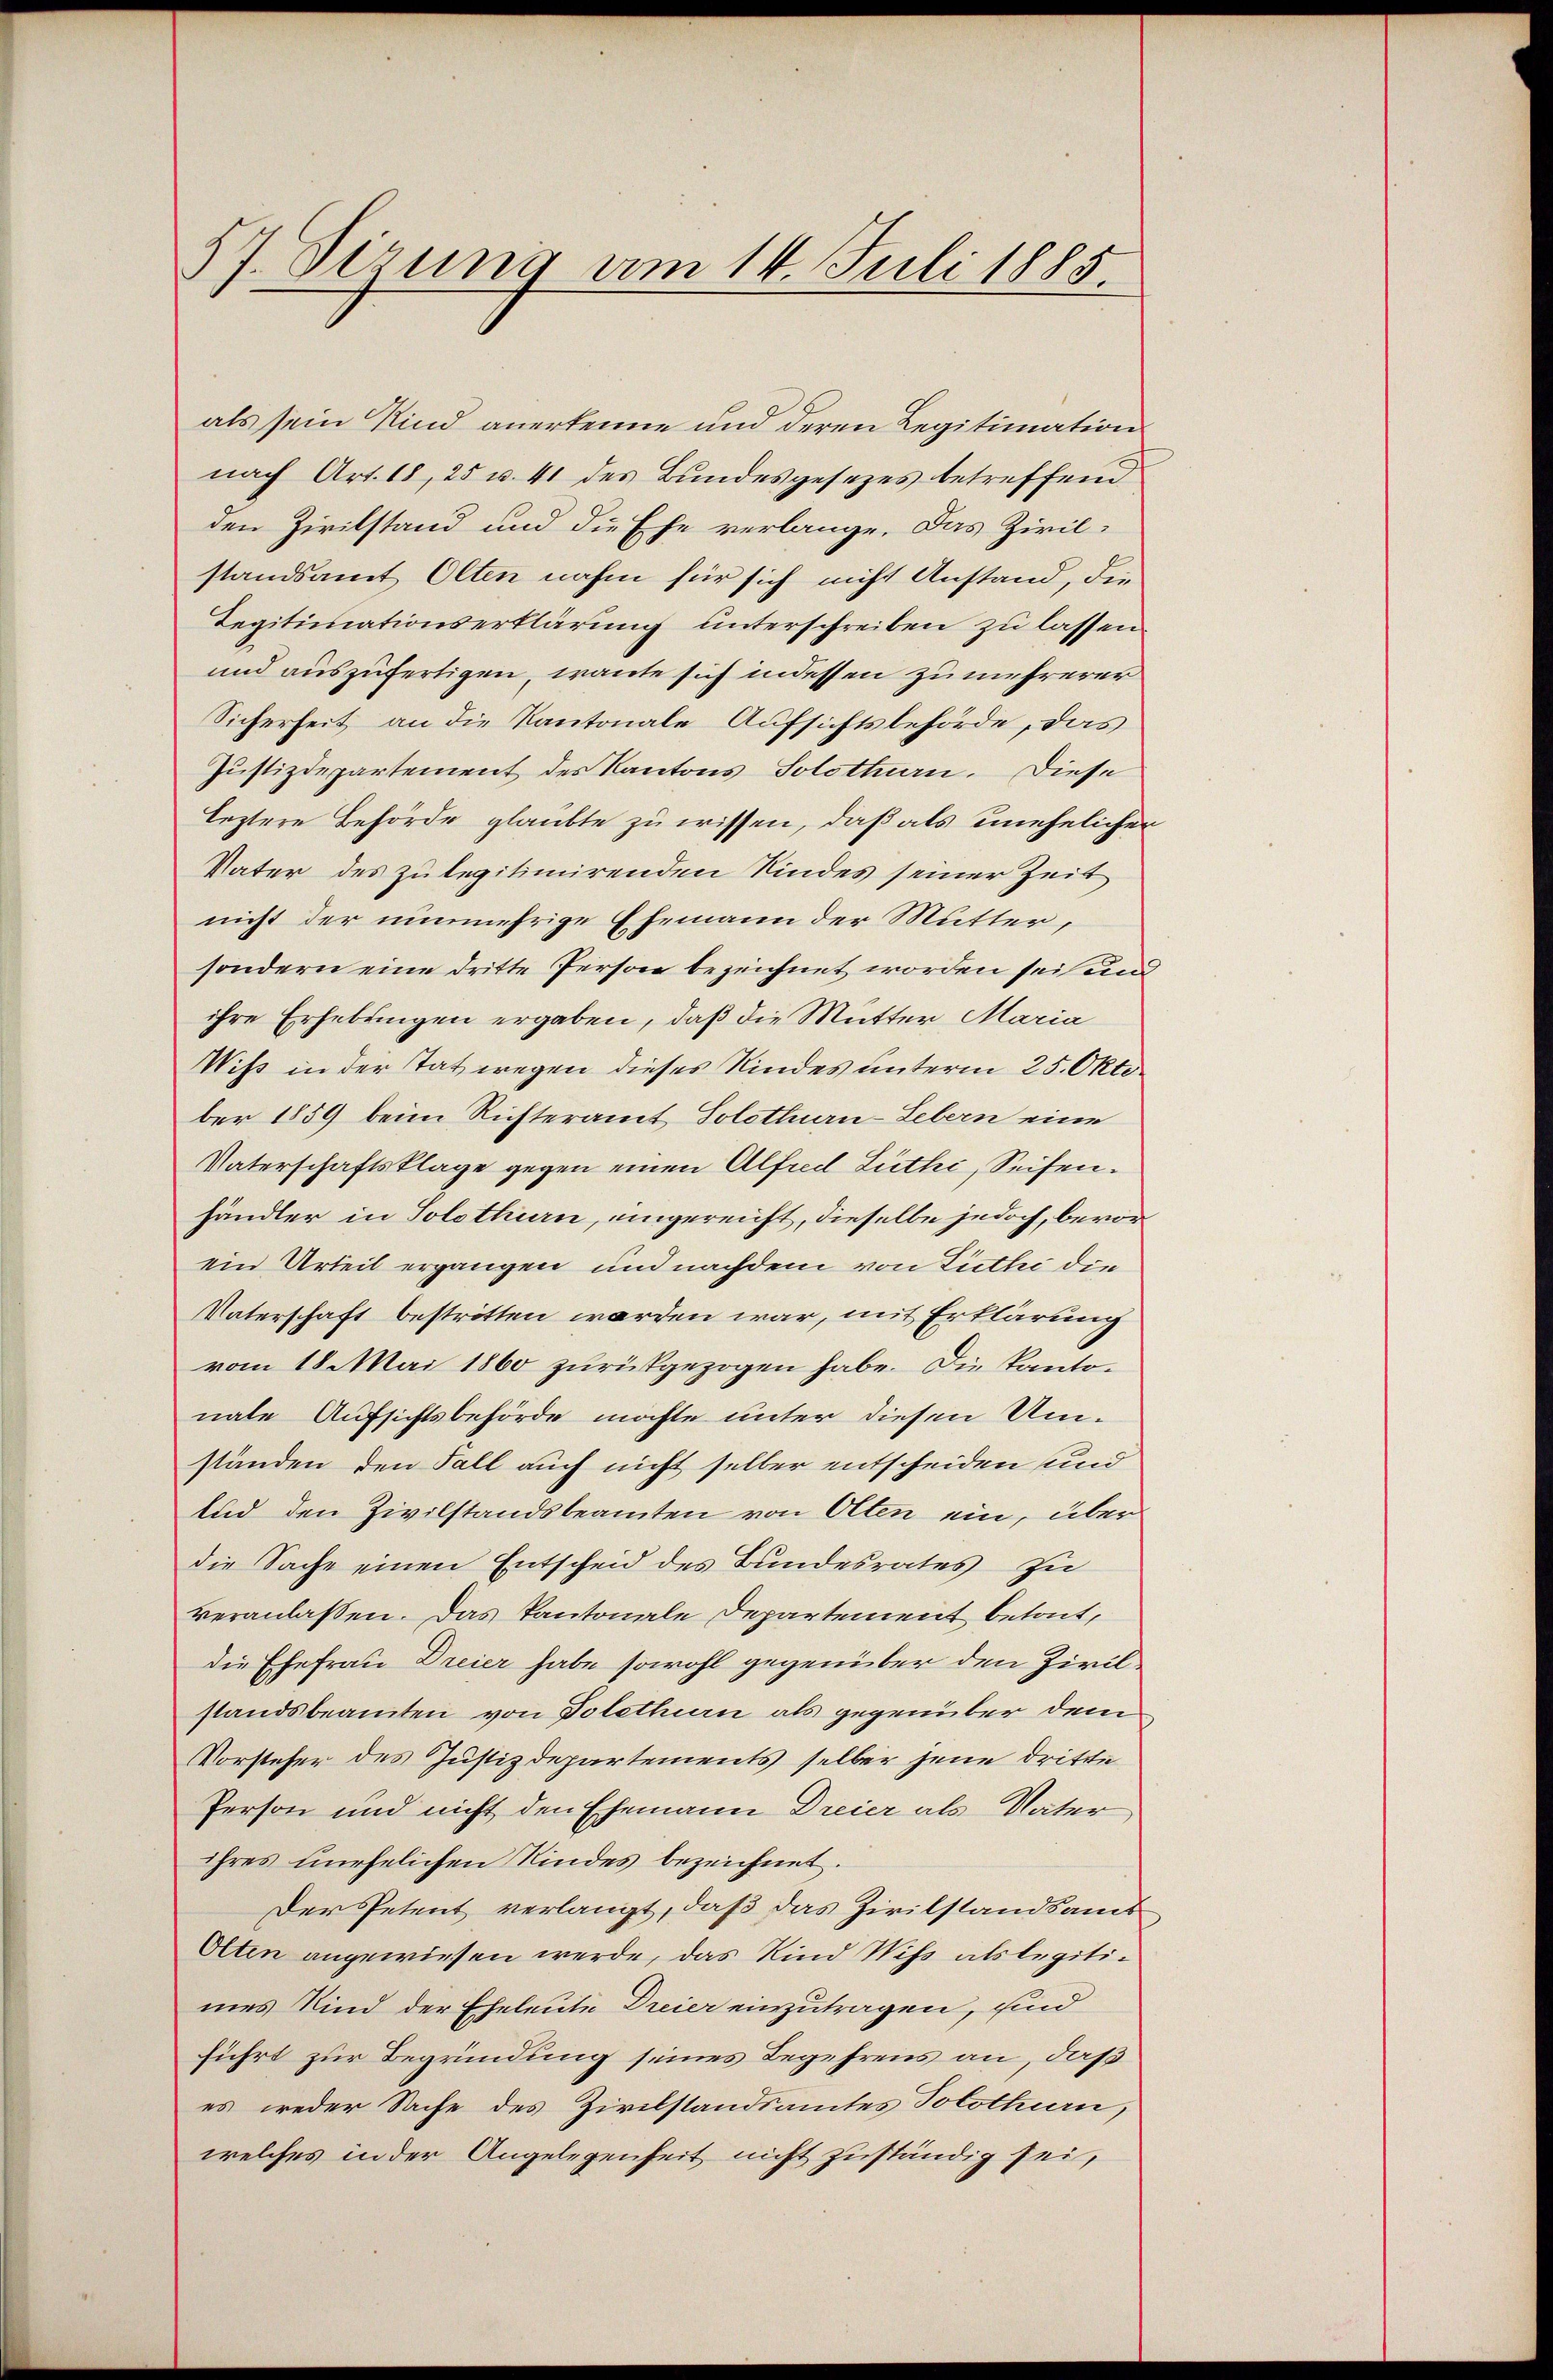
57. Sizung am 14. Juli 1885.

als sein Kind anerkenne und deren Legitimation
nach Art. 18, 25 u. 41 des Bundesgesezes betreffend
den Zivilstand und die Ehe verlange. Das Zivil-
standsamt Olten nahm für sich nicht Anstand, die
Legitimationserklärung unterschreiben zu lassen.
und auszufertigen, wante sich indessen zu mehrerer
Sicherheit an die Kantonale Aufsichtsbehörde, das
Justizdepartement des Kantons Solotten. Diese
leztere Behörde glaubte zu wissen, daß als unehelicher
Vater des zu legitimirenden Kindes seiner Zeit
nicht der nunmehrige Ehemann der Mutter,
sondern eine dritte Person bezeichnet worden sei und
ihre Erhebungen ergaben, daß die Mutter Maria
Wiß in der Tat wegen dieses Kindes unterm 25. Oktober 1859 beim Richteramt Solothurn-Lebern eine
Vaterschaftsklage gegen einen Alfred Luthe, Seifen.
händler in Solothurn, eingereicht, dieselbe jedoch, bevorein Urteil ergangen und nachdem von Zuthi die
Vaterschaft bestritten werden war, mit Erklärung
vom 18. Mai 1860 zurückgezogen habe. Die Kantonale Aufsichtsbehörde möchte unter diesen Umständen den Fall auch nicht selber entscheiden und
lid den Zivilstandsbeamten von Olten ein, über
die Sache einen Entscheid des Bundesrates zu
veranlassen. Das Kantonale Departement betont,
die Ehefrau Dreier habe sowohl gegenüber den Zivilstandsbeamten von Polethurn als gegenüber dem
Vorsteher des Justizdepartements selber jene dritte
Person und nicht den Ehemann Dreier als Vater
ihres unehelichen Kindes bezeichnet.
Der Petent verlangt, daß das Zivilstandsamt
Olten angewiesen werde, das Kind Wiss als legitimes Kind der Eheleute Dreier einzutragen, sind
führt zur Begründung seines Begehrens an, daß
es weder Sache des Zivilstandsamtes Solothurn,
welches in der Angelegenheit nicht zuständig sei,